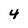
Character: 4